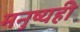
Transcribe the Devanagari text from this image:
मनुष्यही